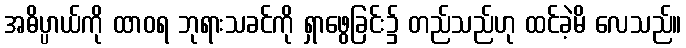
အဓိပ္ပာယ်ကို ထာဝရ ဘုရားသခင်ကို ရှာဖွေခြင်း၌ တည်သည်ဟု ထင်ခဲ့မိ လေသည်။